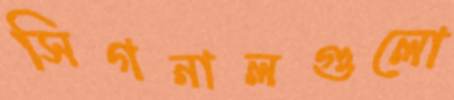
সিগনালগুলো